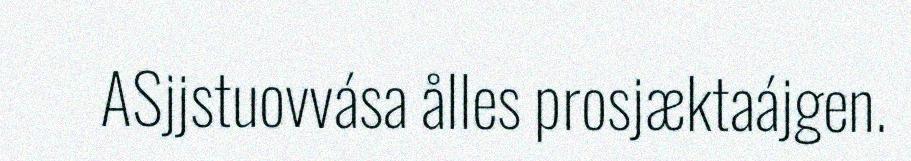
ASjjstuovvása ålles prosjæktaájgen.